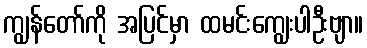
ကျွန်တော်ကို အပြင်မှာ ထမင်းကျွေးပါဦးဗျာ။